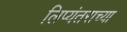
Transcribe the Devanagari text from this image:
लिप्यंतराच्या